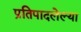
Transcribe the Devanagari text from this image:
प्रतिपादलेल्या